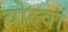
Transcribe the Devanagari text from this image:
वोल्वा